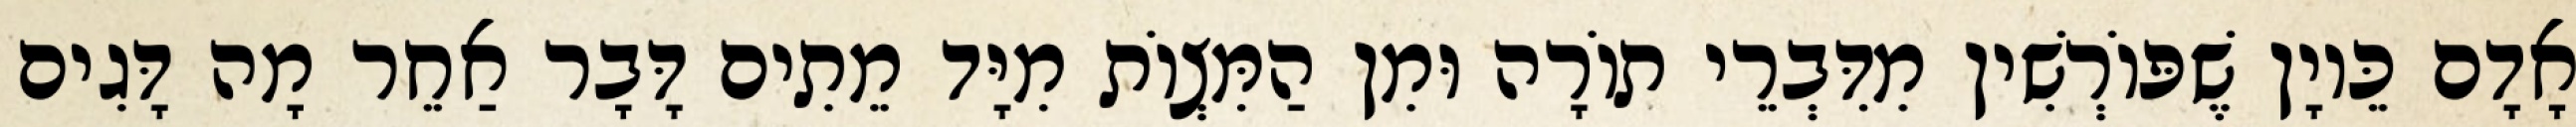
אָדָם כֵּיוָן שֶׁפּוֹרְשִׁין מִדִּבְרֵי תוֹרָה וּמִן הַמִּצְוֹת מִיָּד מֵתִים דָּבָר אַחֵר מָה דָּגִים